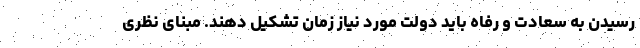
رسیدن به سعادت و رفاه باید دولت مورد نیاز زمان تشکیل دهند. مبنای نظری